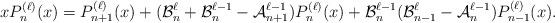
LaTeX: \begin{align*}xP_n^{(\ell)}(x)=P_{n+1}^{(\ell)}(x)+(\mathcal{B}_n^\ell+\mathcal{B}_{n}^{\ell-1}-\mathcal{A}_{n+1}^{\ell-1})P_n^{(\ell)}(x)+\mathcal{B}^{\ell-1}_n(\mathcal{B}_{n-1}^{\ell}-\mathcal{A}_n^{\ell-1})P_{n-1}^{(\ell)}(x).\end{align*}